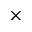
\times